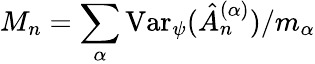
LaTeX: M_{n}=\sum_{\alpha}\mathrm{Var}_{\psi}(\hat{A}_{n}^{(\alpha)})/m_{\alpha}